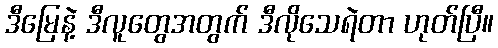
ဒီမြေနဲ့ ဒီလူတွေအတွက် ဒီလိုသေရဲတာ ဟုတ်ပြီ။